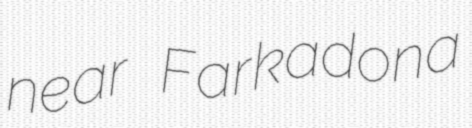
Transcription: near Farkadona